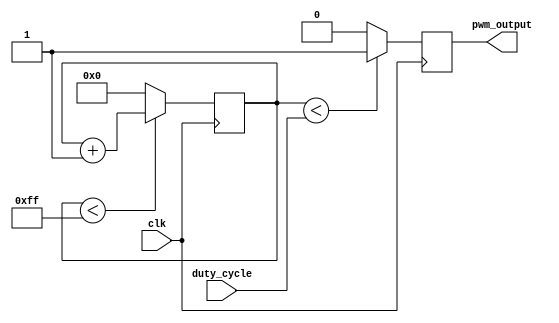
module PWM_generator(
    input wire clk,
    input wire [7:0] duty_cycle,
    output reg pwm_output
);

reg [7:0] threshold;

always @ (posedge clk) begin
    if (threshold < 255)
        threshold <= threshold + 1;
    else
        threshold <= 0;
    
    if (threshold < duty_cycle)
        pwm_output <= 1;
    else
        pwm_output <= 0;
end

endmodule